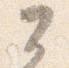
公